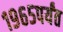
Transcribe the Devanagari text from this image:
१९६५पर्यंत